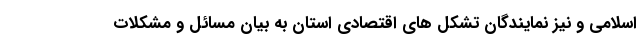
اسلامی و نیز نمایندگان تشکل های اقتصادی استان به بیان مسائل و مشکلات